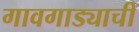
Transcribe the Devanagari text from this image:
गावगाड्याची